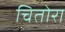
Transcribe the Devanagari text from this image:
चितोरा